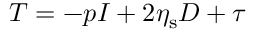
\begin{array} { r } { \boldsymbol { T } = - p \boldsymbol { I } + 2 \eta _ { \mathrm { s } } \boldsymbol { D } + \boldsymbol { \tau } } \end{array}